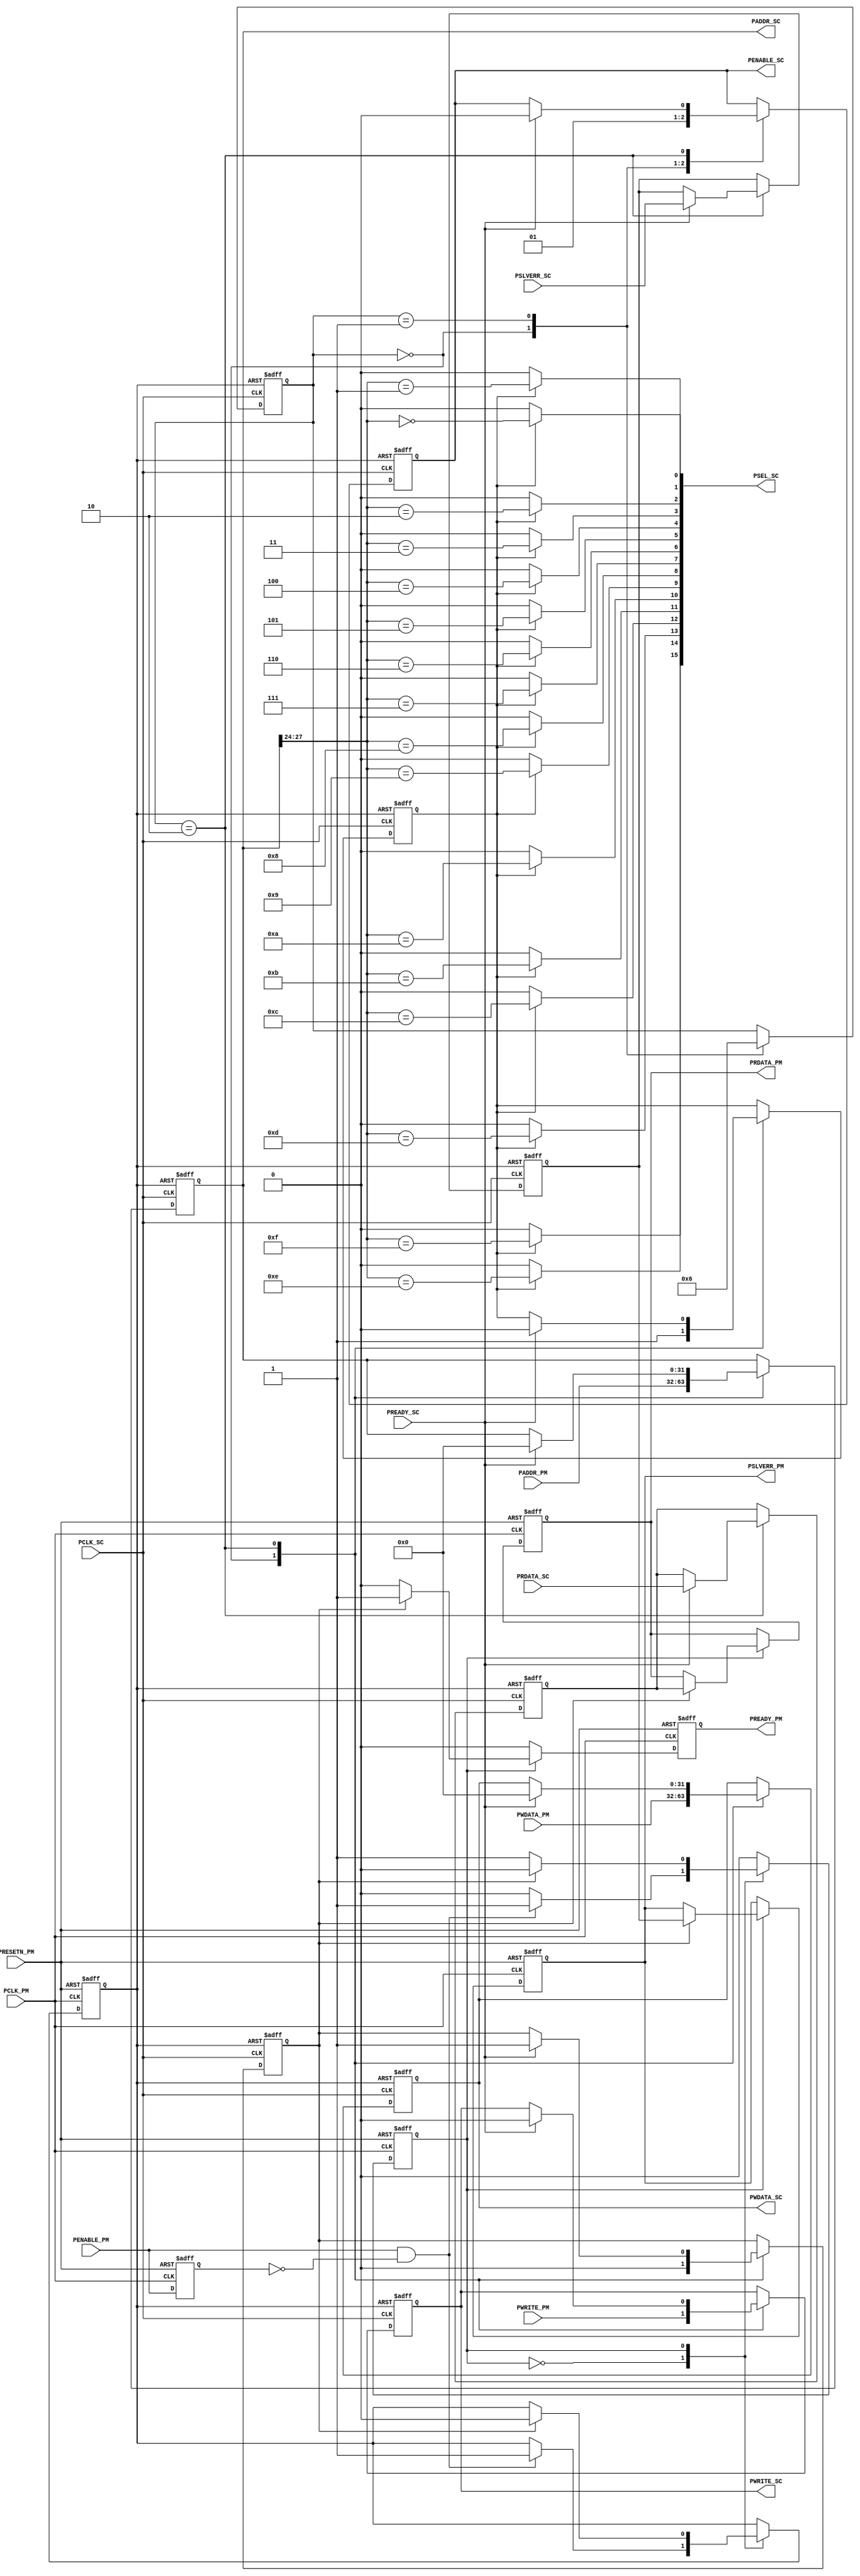
module BFM_APB2APB ( PCLK_PM, PRESETN_PM, PADDR_PM, PWRITE_PM, PENABLE_PM, PWDATA_PM, PRDATA_PM, PREADY_PM, PSLVERR_PM,
                     PCLK_SC, PSEL_SC, PADDR_SC, PWRITE_SC, PENABLE_SC, PWDATA_SC, PRDATA_SC, PREADY_SC, PSLVERR_SC);

    parameter[9:0] TPD  = 1;
   
   
    localparam TPDns  = TPD * 1;

    input PCLK_PM; 
    input PRESETN_PM; 
    input[31:0] PADDR_PM; 
    input PWRITE_PM; 
    input PENABLE_PM; 
    input[31:0] PWDATA_PM; 
    output[31:0] PRDATA_PM; 
    reg[31:0] PRDATA_PM;
    output PREADY_PM; 
    reg PREADY_PM;
    output PSLVERR_PM; 
    reg PSLVERR_PM;
    input PCLK_SC; 
    output[15:0] PSEL_SC; 
    wire[15:0] #TPDns PSEL_SC;
    output[31:0] PADDR_SC; 
    wire[31:0] #TPDns PADDR_SC;
    output PWRITE_SC; 
    wire #TPDns PWRITE_SC;
    output PENABLE_SC; 
    wire #TPDns PENABLE_SC;
    output[31:0] PWDATA_SC; 
    wire[31:0] #TPDns PWDATA_SC;
    input[31:0] PRDATA_SC; 
    input PREADY_SC; 
    input PSLVERR_SC; 

    parameter[0:0] IDLE = 0; 
    parameter[0:0] ACTIVE = 1; 
    reg[0:0] STATE_PM; 
    parameter[1:0] T0 = 0; 
    parameter[1:0] T1 = 1; 
    parameter[1:0] T2 = 2; 
    reg[1:0] STATE_SC; 

    reg[15:0] PSEL_P0; 
    reg[31:0] PADDR_P0; 
    reg PWRITE_P0; 
    reg PENABLE_P0; 
    reg[31:0] PWDATA_P0; 
    reg PSELEN; 
    reg[31:0] PRDATA_HD; 
    reg PSLVERR_HD; 
    reg PENABLE_PM_P0; 
    reg TRIGGER; 
    reg DONE; 

    always @(posedge PCLK_PM or negedge PRESETN_PM)
    begin
        if (PRESETN_PM == 1'b0)
        begin
            STATE_PM <= IDLE ; 
            TRIGGER <= 1'b0 ; 
            PREADY_PM <= 1'b0 ; 
            PSLVERR_PM <= 1'b0 ; 
            PRDATA_PM <= {32{1'b0}} ; 
            PENABLE_PM_P0 <= 1'b0 ; 
        end
        else
        begin
            PREADY_PM <= 1'b0 ; 
            PENABLE_PM_P0 <= PENABLE_PM ; 
            case (STATE_PM)
                IDLE :
                            begin
                                if (PENABLE_PM == 1'b1 & PENABLE_PM_P0 == 1'b0)
                                begin
                                    TRIGGER <= 1'b1 ; 
                                    STATE_PM <= ACTIVE ; 
                                end 
                            end
                ACTIVE :
                            begin
                                if (DONE == 1'b1)
                                begin
                                    STATE_PM <= IDLE ; 
                                    TRIGGER <= 1'b0 ; 
                                    PREADY_PM <= 1'b1 ; 
                                    PSLVERR_PM <= PSLVERR_HD ; 
                                    PRDATA_PM <= PRDATA_HD ; 
                                end 
                            end
            endcase 
        end 
    end 

    always @(posedge PCLK_SC or negedge TRIGGER)
    begin
        if (TRIGGER == 1'b0)
        begin
            STATE_SC <= T0 ; 
            DONE <= 1'b0 ; 
            PRDATA_HD <= {32{1'b0}} ; 
            PSLVERR_HD <= 1'b0 ; 
            PSELEN <= 1'b0 ; 
            PENABLE_P0 <= 1'b0 ; 
            PADDR_P0 <= {32{1'b0}} ; 
            PWDATA_P0 <= {32{1'b0}} ; 
            PWRITE_P0 <= 1'b0 ; 
        end
        else
        begin
            case (STATE_SC)
                T0 :
                            begin
                                STATE_SC <= T1 ; 
                                PADDR_P0 <= PADDR_PM ; 
                                PWDATA_P0 <= PWDATA_PM ; 
                                PWRITE_P0 <= PWRITE_PM ; 
                                PSELEN <= 1'b1 ; 
                                PENABLE_P0 <= 1'b0 ; 
                                DONE <= 1'b0 ; 
                            end
                T1 :
                            begin
                                STATE_SC <= T2 ; 
                                PENABLE_P0 <= 1'b1 ; 
                            end
                T2 :
                            begin
                                if (PREADY_SC == 1'b1)
                                begin
                                    DONE <= 1'b1 ; 
                                    PRDATA_HD <= PRDATA_SC ; 
                                    PSLVERR_HD <= PSLVERR_SC ; 
                                    PSELEN <= 1'b0 ; 
                                    PENABLE_P0 <= 1'b0 ; 
                                    PADDR_P0 <= {32{1'b0}} ; 
                                    PWDATA_P0 <= {32{1'b0}} ; 
                                    PWRITE_P0 <= 1'b0 ; 
                                end 
                            end
            endcase 
        end 
    end 

    always @(PADDR_P0 or PSELEN)
    begin
        PSEL_P0 <= {16{1'b0}} ; 
        if (PSELEN == 1'b1)
        begin
            begin : xhdl_5
                integer i;
                for(i = 0; i <= 15; i = i + 1)
                begin
                    PSEL_P0[i] <= (PADDR_P0[27:24] == i); 
                end
            end 
        end 
    end 

    assign PSEL_SC    = PSEL_P0 ;
    assign PADDR_SC   = PADDR_P0 ;
    assign PWRITE_SC  = PWRITE_P0 ;
    assign PENABLE_SC = PENABLE_P0 ;
    assign PWDATA_SC  = PWDATA_P0 ;


endmodule